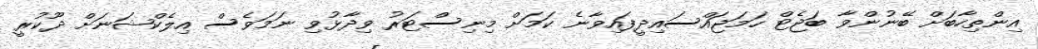
އިންތިހާބަށް ބޭނުންވާ ބަޖެޓް ހަމަޖައްސައިދީފައިވާނެ ކަަމަށް މިނިސްޓަރު ވިދާޅުވި ނަމަވެސް އިލެކްޝަނަށް ދޫކުރީ